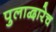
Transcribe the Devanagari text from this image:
पुलाद्वारेच